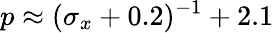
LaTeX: p\approx(\sigma_{x}+0.2)^{-1}+2.1